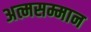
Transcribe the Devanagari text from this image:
अत्मसम्मान